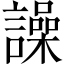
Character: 譟